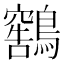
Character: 𫛕